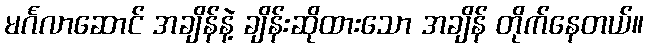
မင်္ဂလာဆောင် အချိန်နဲ့ ချိန်းဆိုထားသော အချိန် တိုက်နေတယ်။